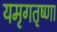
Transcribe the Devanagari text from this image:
यमृगतृष्णा